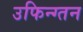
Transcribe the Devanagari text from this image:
उफिन्ग्तन